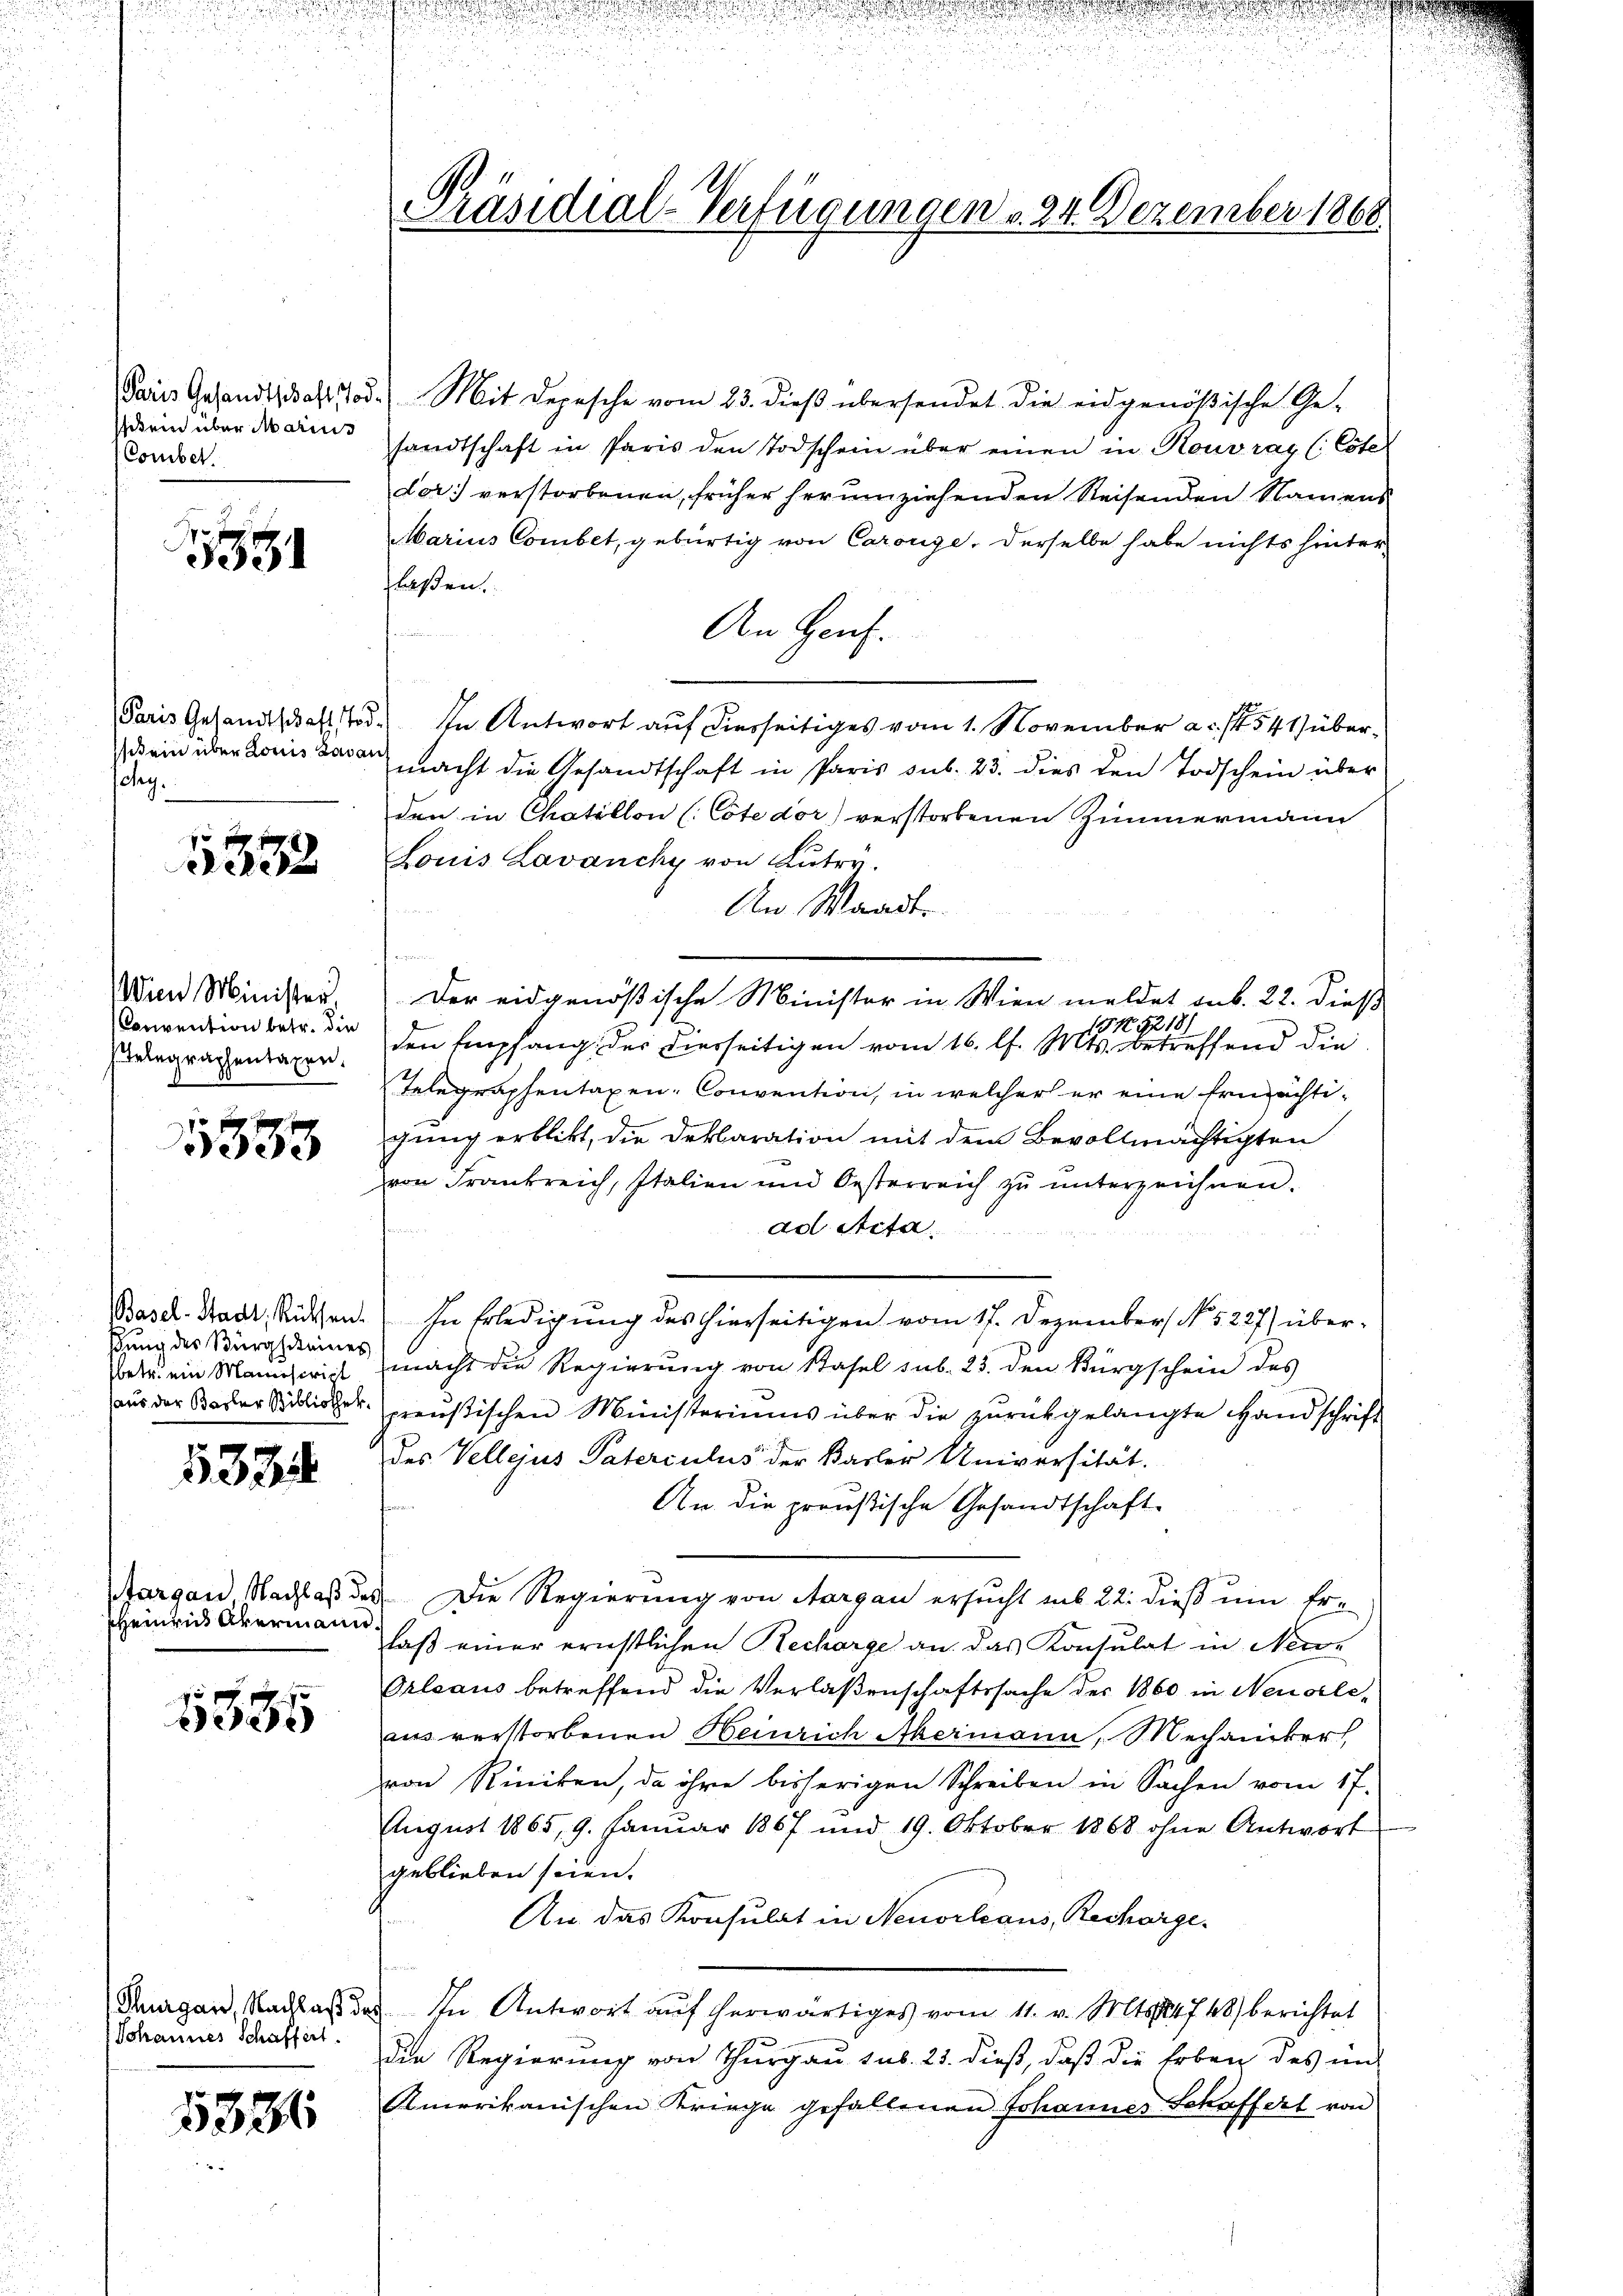
Paris Gesandtschaft Tod.
sitend über Marius
Comber.

551

Paris Gesandtschaft tr
stein über Louis davar
dag.

1832

Wien Minister
Convention betr. die
Telegraphentaxen.

1883

Basel-Stadt, Rücksen
stung des Bürgscheine
etr. ein Mannscript
aus der Basler Bibliothek

133

targau Nachlaß
Rheinen Abermani

f xxx
e

Thurgau, Nachlaß de
Johannes Schaffert.

5336

s
d

Präsidial-Verfügungen v. 24. Dezember 1868

Mit Depesche vom 23. dieβ übersendet die eidgenößische Ge-
sandtschaft in Paris den Todschein über einen in Kouvray (: Cote
der) verstorbenen, früher herumziehenden Reisenden Namens
Marius Combet, gebürtig von Carouge, derselbe habe nichts hinter-
flaßen.
An Haus.
In Antwort auf diesseitiges vom 1. November a. f. 541) übermacht die Gesandtschaft in Paris sub. 23. dies den Todschein über
den in Chatillon (Cote dor) verstorbenen Zimmermann
Louis Lavanchy von Luter.
An Waadt
u
Der eidgenößische Minister in Wien meldet sub. 22. Dieß
151. 218.
den Empfang des diesseitigen vom 16. l. Mts. betreffend die
Telegraphentaxen Convention, in welcher er eine Ermächtigung erblickt, die Deklaration mit dem Bevollmächtigten
von Frankreich, Italien und Oesterreich zŭ ŭnterzeichnen.
ad Acta
In Erledigung des hierseitigen vom 17. Dezember No 5227) übermacht die Regierung von Stafel sub. 23. den Bürgschein des
preußischen Ministeriums über die zŭrückgelangte Handschrift
des Vellejus Paterculus der Basler Universität.
i
An die preußische Gesandtschaft-
Die Regierung von Aargau ersucht aus 22. dieß um Erlaß einer ernstlichen Recharge an das Konsulat in Neue
Orleaus betreffend die Verlaßenschaftssache des 1860 in Neusele,
aus verstorbenen Heinrich Mermann, Mechaniker,
von Riniken, da ihre bisherigen Schreiben in Sachen vom 17.
August 1865, 9. Januar 1867 und 19. Oktober 1868 ohne Antwort
geblieben seien.
An das Konsulat in Neuorleans, Recharge.
In Antwort aŭf herwärtiges vom 11. v. Mts. 247 48) berichtet
der Regierung von Thurgau sub. 25. dieß, daß die Erben des unt
Amerikanischen Kriege gefallenen Johannes Schaffert von